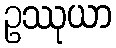
ဥဿုယာ